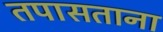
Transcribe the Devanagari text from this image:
तपासताना